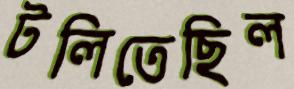
টলিতেছিল